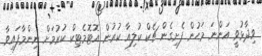
ވިދާޅުވީ އަންނަ މަހުން ފެށިގެން ޗެކް ކުލިއާ ކުރުން އޮޓޮމެޓިކް ކުރުމަށް ނިންމާފައިވާ